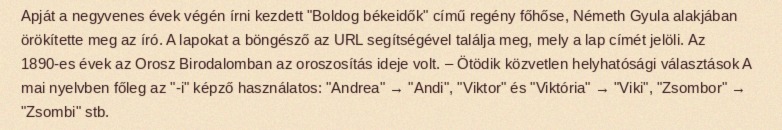
Apját a negyvenes évek végén írni kezdett "Boldog békeidők" című regény főhőse, Németh Gyula alakjában örökítette meg az író. A lapokat a böngésző az URL segítségével találja meg, mely a lap címét jelöli. Az 1890-es évek az Orosz Birodalomban az oroszosítás ideje volt. – Ötödik közvetlen helyhatósági választások A mai nyelvben főleg az "-i" képző használatos: "Andrea" → "Andi", "Viktor" és "Viktória" → "Viki", "Zsombor" → "Zsombi" stb.